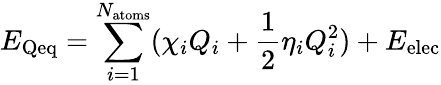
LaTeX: E_{\mathrm{Qeq}}=\sum_{i=1}^{N_{\mathrm{atoms}}}(\chi_{i}Q_{i}+\frac{1}{2}\eta_{i}Q_{i}^{2})+E_{\mathrm{elec}}